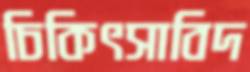
চিকিৎসাবিদ